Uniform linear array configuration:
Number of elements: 4
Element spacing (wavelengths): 0.75
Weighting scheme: cosine
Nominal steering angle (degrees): -45
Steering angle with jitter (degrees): -46.332
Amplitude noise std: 0.05
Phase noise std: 0.05

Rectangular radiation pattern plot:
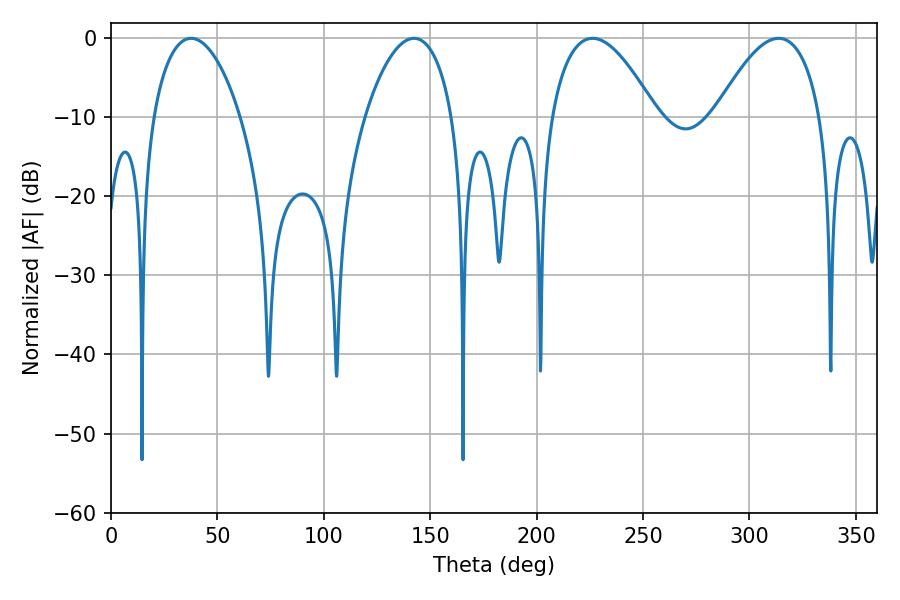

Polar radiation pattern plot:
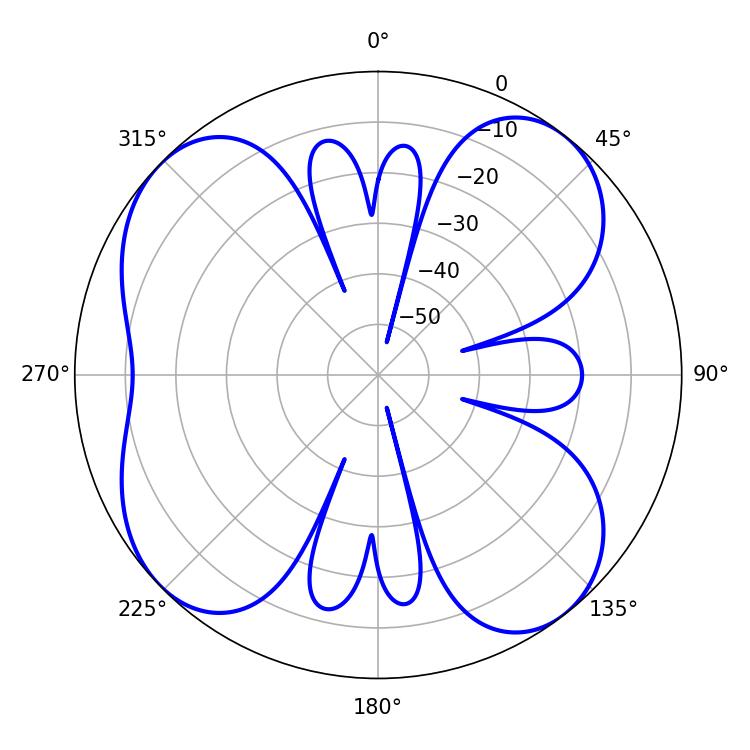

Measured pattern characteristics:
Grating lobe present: TRUE
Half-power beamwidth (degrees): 23.04
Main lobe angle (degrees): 37.62